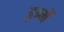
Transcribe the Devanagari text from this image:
इन्‍में